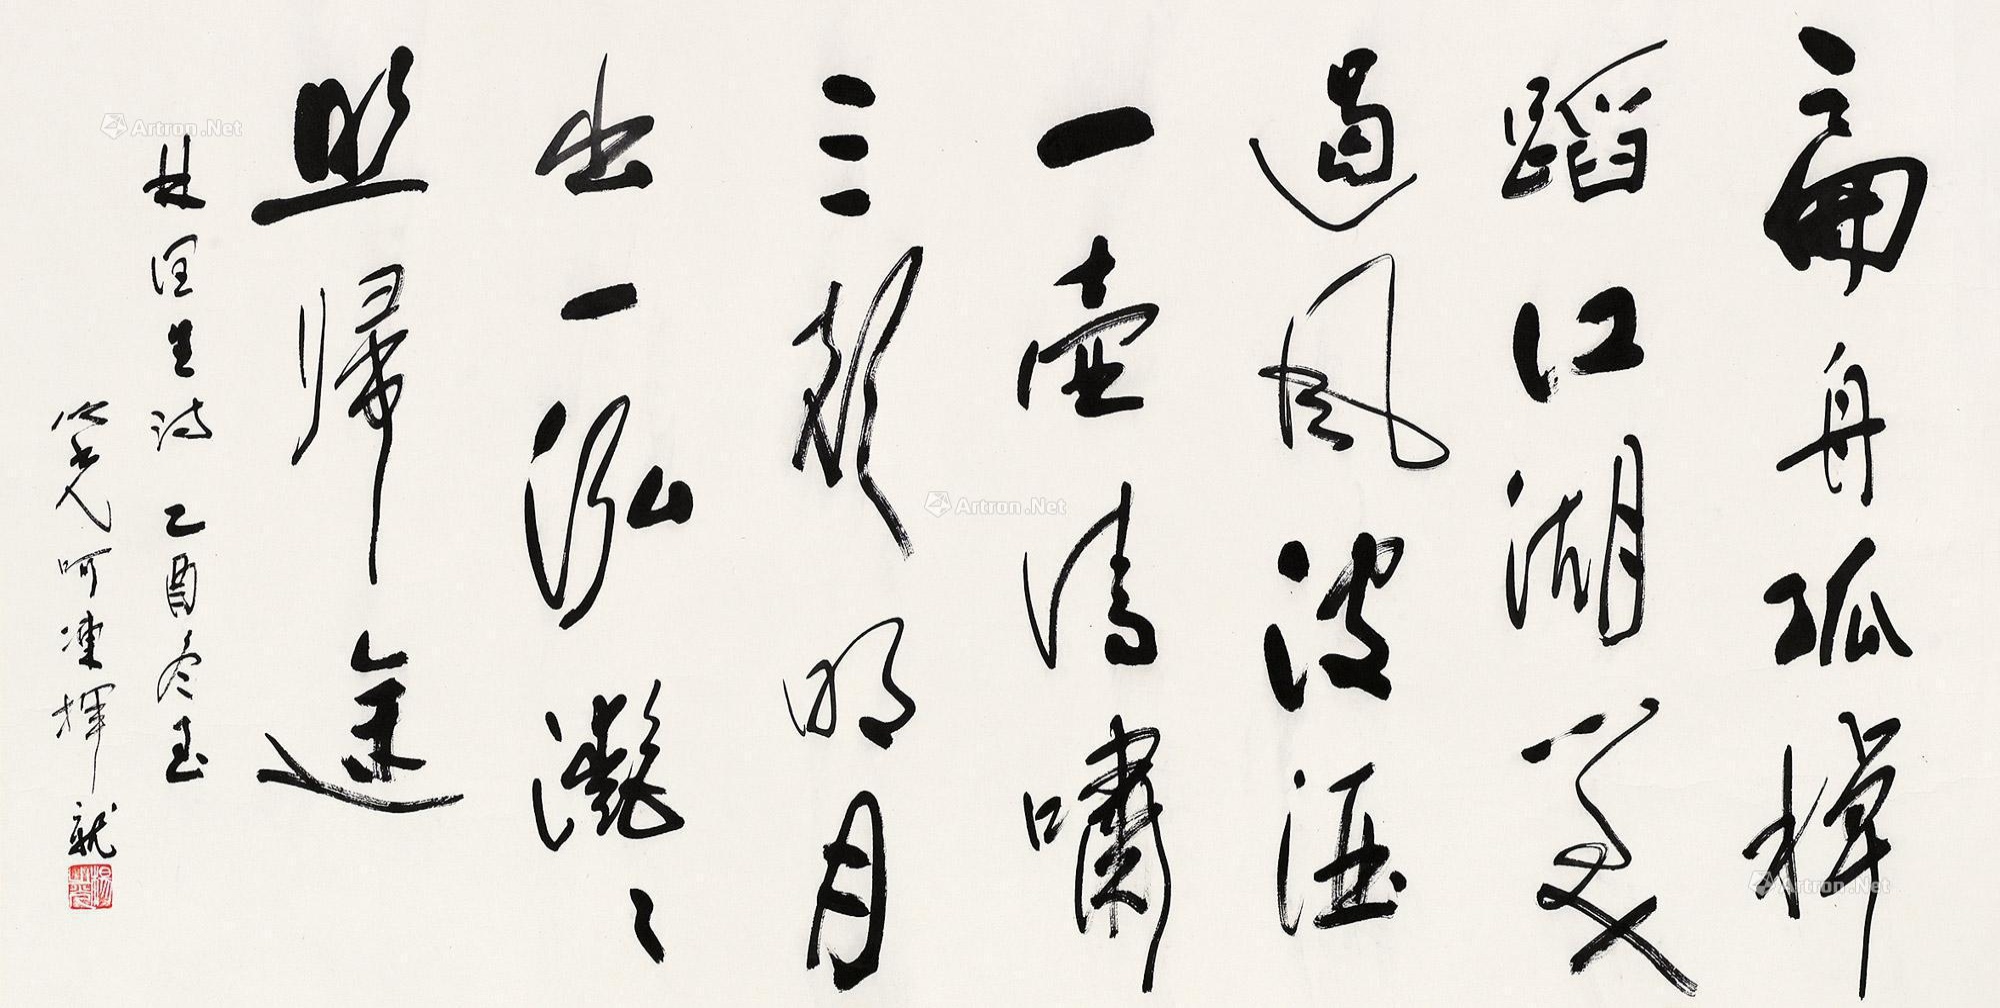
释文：扁舟孤棹蹈江湖，笑过风波酒一壶。清啸三声明月出，一泓滟滟照归途。林润生诗，乙酉冬至，之光呵冻挥就。